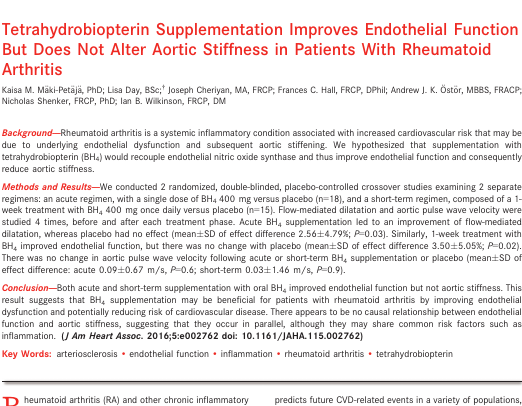
|  | Acute | Short Term | Controls | P Valuea |
 | --- | --- | --- | --- | --- |
 | n | 18 | 15 | 33 |  |
 | Sex, female/male, n/n | 14/4 | 13/2 | 26/7 | 0.5 |
 | Age, y | 55±13 | 59±11 | 56±11 | 0.3 |
 | RA years | 12±10 | 14±9 | — | 0.7 |
 | Weight, kg | 71.4±14.3 | 70.9±10.1 | 71.8±16.2 | 0.9 |
 | BH4 dose, mg/kg | 5.8±1.1 | 5.8±0.8 | — | 0.9 |
 | BMI, kg/m2 | 25.8±4.5 | 26.7±4.0 | 26.2±5.2 | 0.6 |
 | Systolic BP, mm Hg | 126±17 | 125±13 | 121±9 | 0.7 |
 | Diastolic BP, mm Hg | 73±9 | 77±9 | 77±7 | 0.3 |
 | MAP, mm Hg | 92±12 | 94±11 | 91±7 | 0.5 |
 | Heart rate, bpm | 74±12 | 68±12 | 66±9b | 0.1 |
 | aPWV, m/s | 7.87±2.24 | 7.79±1.15 | 6.8±1.03b | 0.9 |
 | Augmentation index, % | 26±12 | 31±12 | 23±12 | 0.2 |
 | Brachial diameter, mm | 3.98±0.72 | 3.91±0.51 | 3.62±0.61b | 0.8 |
 | FMD, % | 3.17±2.68 | 3.67±1.92 | 6.16±3.63b | 0.6 |
 | GTN, % | 9.39±4.38 | 7.64±3..04 | 9.42±5.41 | 0.4 |
 | DAS28 | 4.34±0.92 | 4.05±1.22 | — | 0.5 |
 | CRP, mg/L | 6.50±5.90 | 4.80±4.07 | — | 0.3 |
 | ESR, mm/h | 25±25 | 16±14 | — | 0.2 |
 | TC, mmol/L | 4.4±0.9 | 5.4±1.1 | 5.2±1.0 | 0.01 |
 | Statin, n | 5 | 5 | 0 | 0.7 |
 | Anti–TNF‐α, n | 5 | 6 | 0 | 0.5 |
 | Methotrexate, n | 8 | 9 | 0 | 0.4 |
 | Other DMARDs, n | 9 | 6 | 0 | 0.6 |
 | NSAIDs, n | 9 | 8 | 0 | 0.6 |
 | Prednisolone, n (mg/day) | 7 (4.7±1.5) | 2 (7.50±3.5) | 0 | 0.1 (0.1) |